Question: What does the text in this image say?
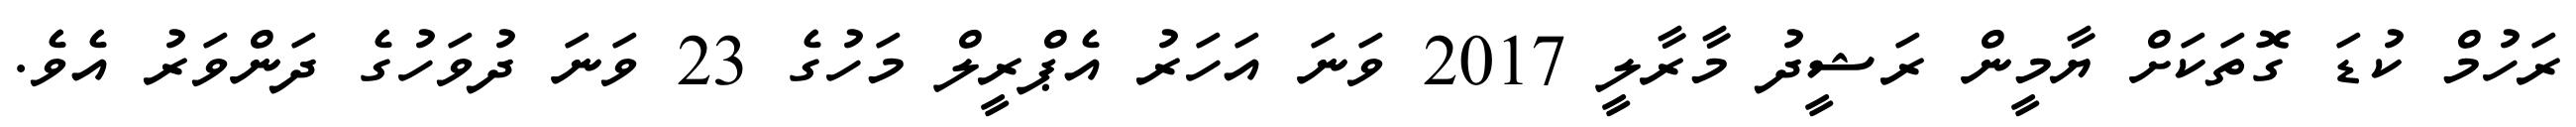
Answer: ރަހުމް ކުޑަ ގޮތަކަށް ޔާމީން ރަޝީދު މާރާލީ 2017 ވަނަ އަހަރު އެޕްރީލް މަހުގެ 23 ވަނަ ދުވަހުގެ ދަންވަރު އެވެ.